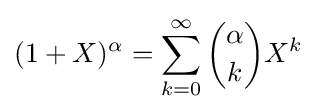
(1+X)^{\alpha }=\sum _{k=0}^{\infty }{\alpha  \choose k}X^{k}